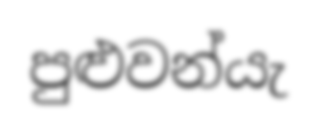
පුළුවන්යැ